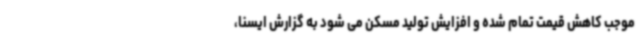
موجب کاهش قیمت تمام شده و افزایش تولید مسکن می شود به گزارش ایسنا،